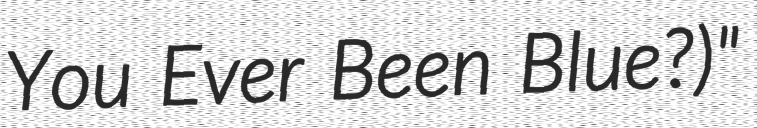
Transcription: You Ever Been Blue?)"